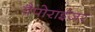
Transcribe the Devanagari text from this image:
वैपोराईज़र